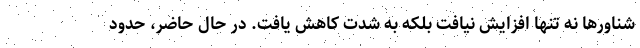
شناورها نه تنها افزایش نیافت بلکه به شدت کاهش یافت. در حال حاضر، حدود